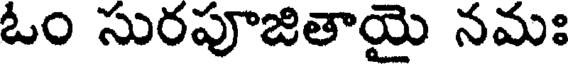
ఓం సురపూజితాయై నమః